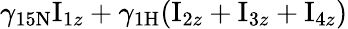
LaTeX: \gamma_{\mathrm{15N}}\mathrm{I}_{1z}+\gamma_{\mathrm{1H}}(\mathrm{I}_{2z}+\mathrm{I}_{3z}+\mathrm{I}_{4z})